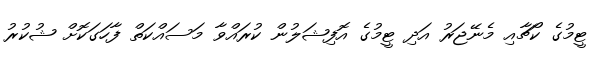
ޓީމުގެ ކޯޗާއި މެނޭޖަރު އަދި ޓީމުގެ އޮފިޝަލުން ކުރައްވާ މަސައްކަތް ފާހަގަކޮށް ޝުކުރު